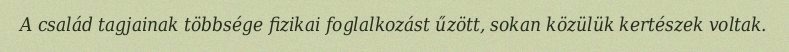
A család tagjainak többsége fizikai foglalkozást űzött, sokan közülük kertészek voltak.